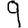
Digit: 9